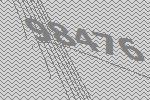
98476